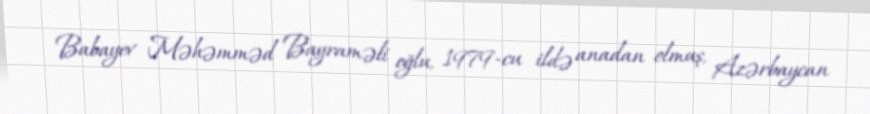
Babayev Məhəmməd Bayraməli oğlu, 1979-cu ildə anadan olmuş, Azərbaycan